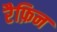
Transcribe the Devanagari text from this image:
रैफ़िन